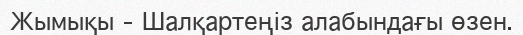
Жымықы – Шалқартеңіз алабындағы өзен.